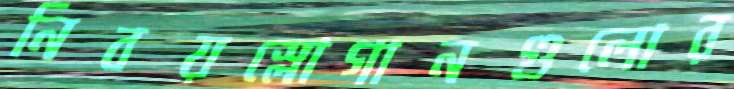
নিবয়স্লোগানগুলোর